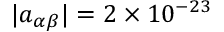
| a _ { \alpha \beta } | = 2 \times 1 0 ^ { - 2 3 }